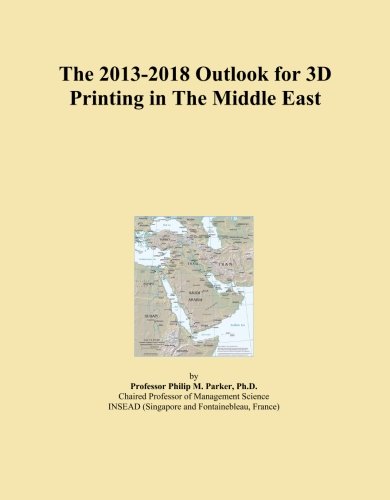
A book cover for The 2013-2018 Outlook for 3D Printing in The Middle East; Icon Group International; Computers & Technology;